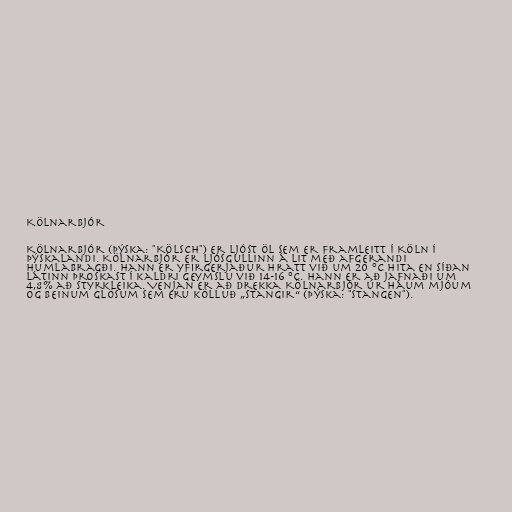
Kölnarbjór

Kölnarbjór (þýska: "Kölsch") er ljóst öl sem er framleitt í Köln í
Þýskalandi. Kölnarbjór er ljósgullinn á lit með afgerandi
humlabragði. Hann er yfirgerjaður hratt við um 20 °C hita en síðan
látinn þroskast í kaldri geymslu við 14-16 °C. Hann er að jafnaði um
4,8% að styrkleika. Venjan er að drekka Kölnarbjór úr háum mjóum
og beinum glösum sem eru kölluð „stangir“ (þýska: "Stangen").